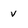
Character: v